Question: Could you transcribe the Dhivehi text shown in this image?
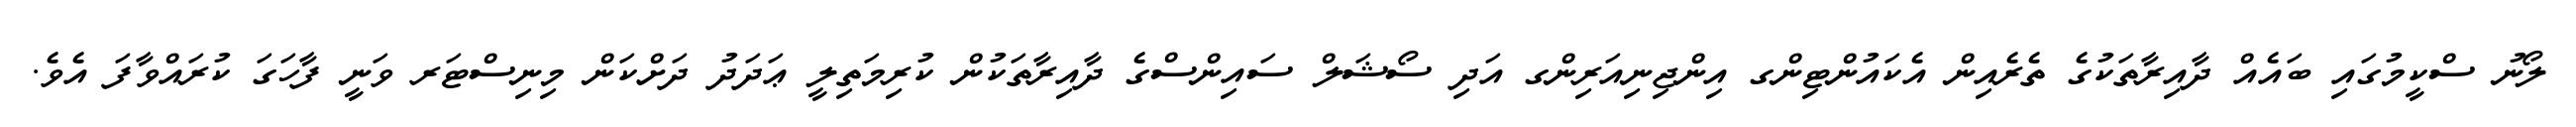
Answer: ލޯނު ސްކީމުގައި ބައެއް ދާއިރާތަކުގެ ތެރެއިން އެކައުންޓިންގ އިންޖިނިއަރިންގ އަދި ސޯޝަލް ސައިންސްގެ ދާއިރާތަކުން ކުރިމަތިލީ ޢަދަދު ދަށްކަން މިނިސްޓަރ ވަނީ ފާހަގަ ކުރައްވާފަ އެވެ.